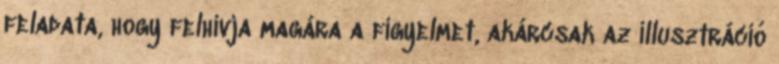
feladata, hogy felhívja magára a figyelmet, akárcsak az illusztráció